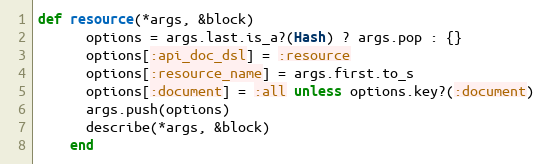
Language: Ruby
def resource(*args, &block)
      options = args.last.is_a?(Hash) ? args.pop : {}
      options[:api_doc_dsl] = :resource
      options[:resource_name] = args.first.to_s
      options[:document] = :all unless options.key?(:document)
      args.push(options)
      describe(*args, &block)
    end